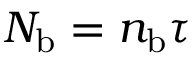
N _ { \mathrm { b } } = n _ { \mathrm { b } } \tau